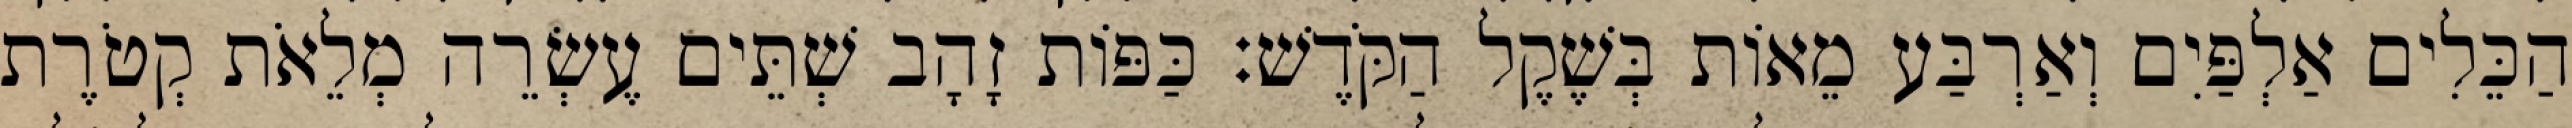
הַכֵּלִים אַלְפַּיִם וְאַרְבַּע מֵאוֹת בְּשֶׁקֶל הַקֹּדֶשׁ׃ כַּפּוֹת זָהָב שְׁתֵּים עֶשְׂרֵה מְלֵאֹת קְטֹרֶת